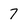
Character: 7